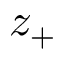
z _ { + }